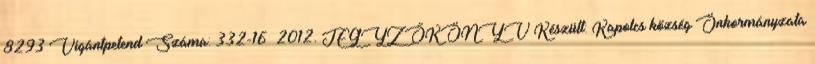
8293 Vigántpetend Száma: 332-16 2012. JEGYZŐKÖNYV Készült: Kapolcs község Önkormányzata